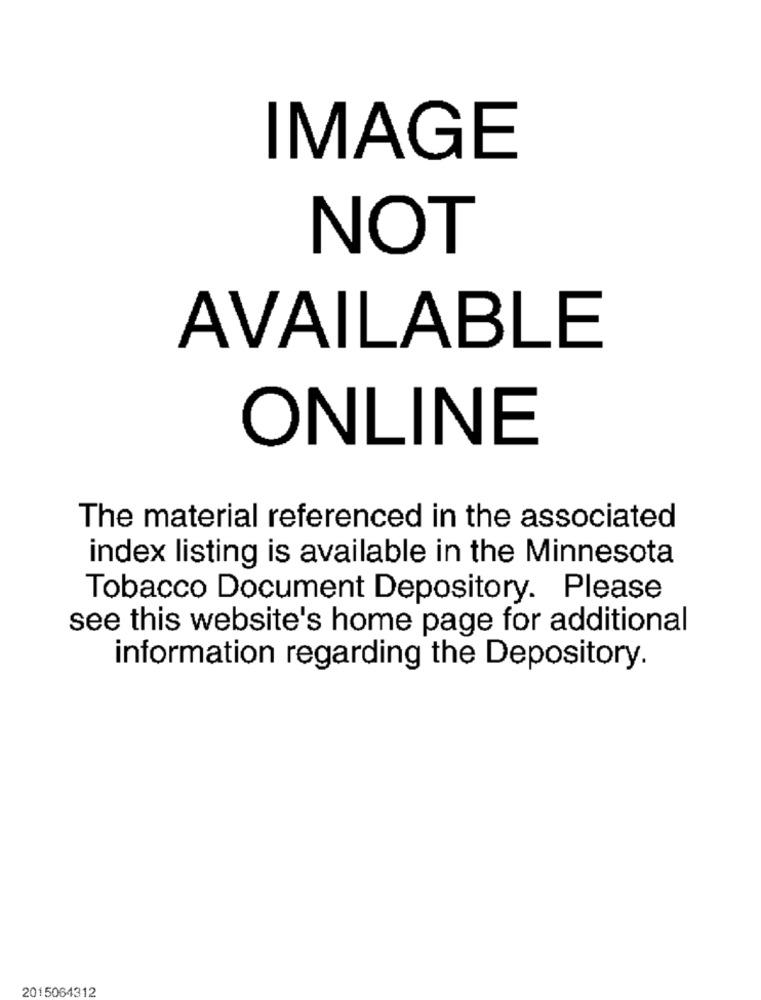
IMAGE
NOT
AVAILABLE
ONLINE
The material referenced in the associated
index listing is available in the Minnesota
Tobacco Document Depository. Please
see this website's home page for additional
information regarding the Depository.
2015064312